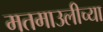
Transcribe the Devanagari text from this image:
मतमाउलीच्या